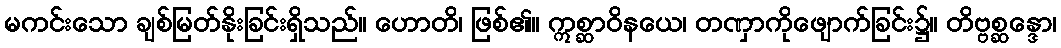
မကင်းသော ချစ်မြတ်နိုးခြင်းရှိသည်။ ဟောတိ၊ ဖြစ်၏။ ဣစ္ဆာဝိနယေ၊ တဏှာကိုဖျောက်ခြင်း၌။ တိဗ္ဗစ္ဆန္ဒော၊